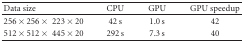
| Data size | CPU | GPU | GPU speedup |
 | --- | --- | --- | --- |
 | 256 × 256 × 223 × 20 | 42 s | 1.0 s | 42 |
 | 512 × 512 × 445 × 20 | 292 s | 7.3 s | 40 |